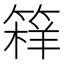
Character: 𱸖